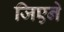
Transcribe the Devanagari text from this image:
जिएने